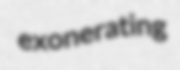
exonerating